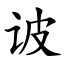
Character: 诐